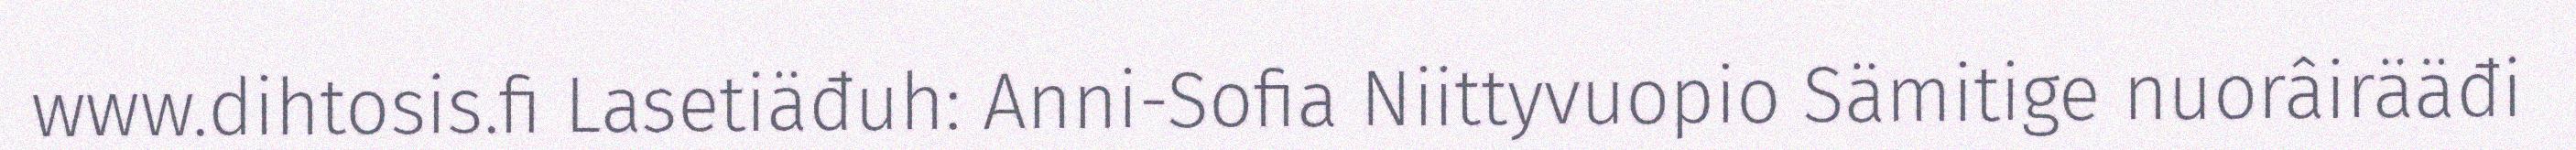
www.dihtosis.fi Lasetiäđuh: Anni-Sofia Niittyvuopio Sämitige nuorâirääđi